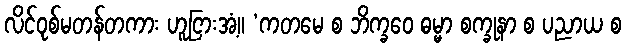
လိင်ဝုစ်မတန်တကား ဟူငြားအံ့။ ‘ကတမေ စ ဘိက္ခဝေ ဓမ္မာ စက္ခုနာ စ ပညာယ စ